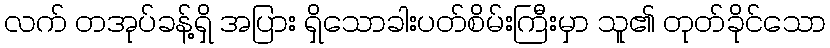
လက် တအုပ်ခန့်ရှိ အပြား ရှိသောခါးပတ်စိမ်းကြီးမှာ သူ၏ တုတ်ခိုင်သော